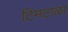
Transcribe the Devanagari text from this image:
टिमटाळा